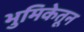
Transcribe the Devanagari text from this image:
भुमिकेतून